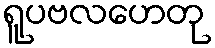
ရူပဗလဟေတု